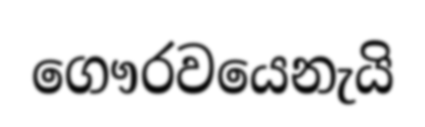
ගෞරවයෙනැයි